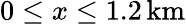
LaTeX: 0\leq x\leq 1.2\, \mathrm{km}